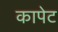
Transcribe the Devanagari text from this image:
कापेट